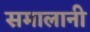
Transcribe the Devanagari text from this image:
समालानी